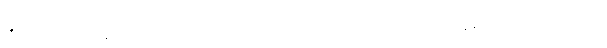
အတင်းအဖျင်းနဲ့ စပ်ဆိုင်တဲ့ ပုဂ္ဂိုလ်ပေါ်မှာ မူလက ကြည်ညိုရင်း ရှိနေပေမယ့် အကြည်ညို